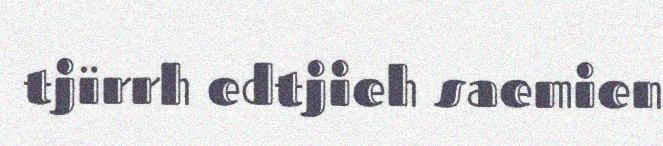
tjïrrh edtjieh saemien